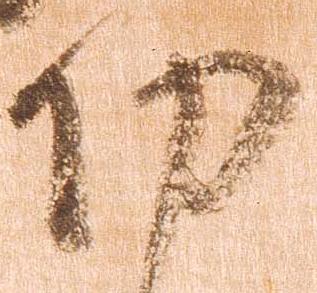
功